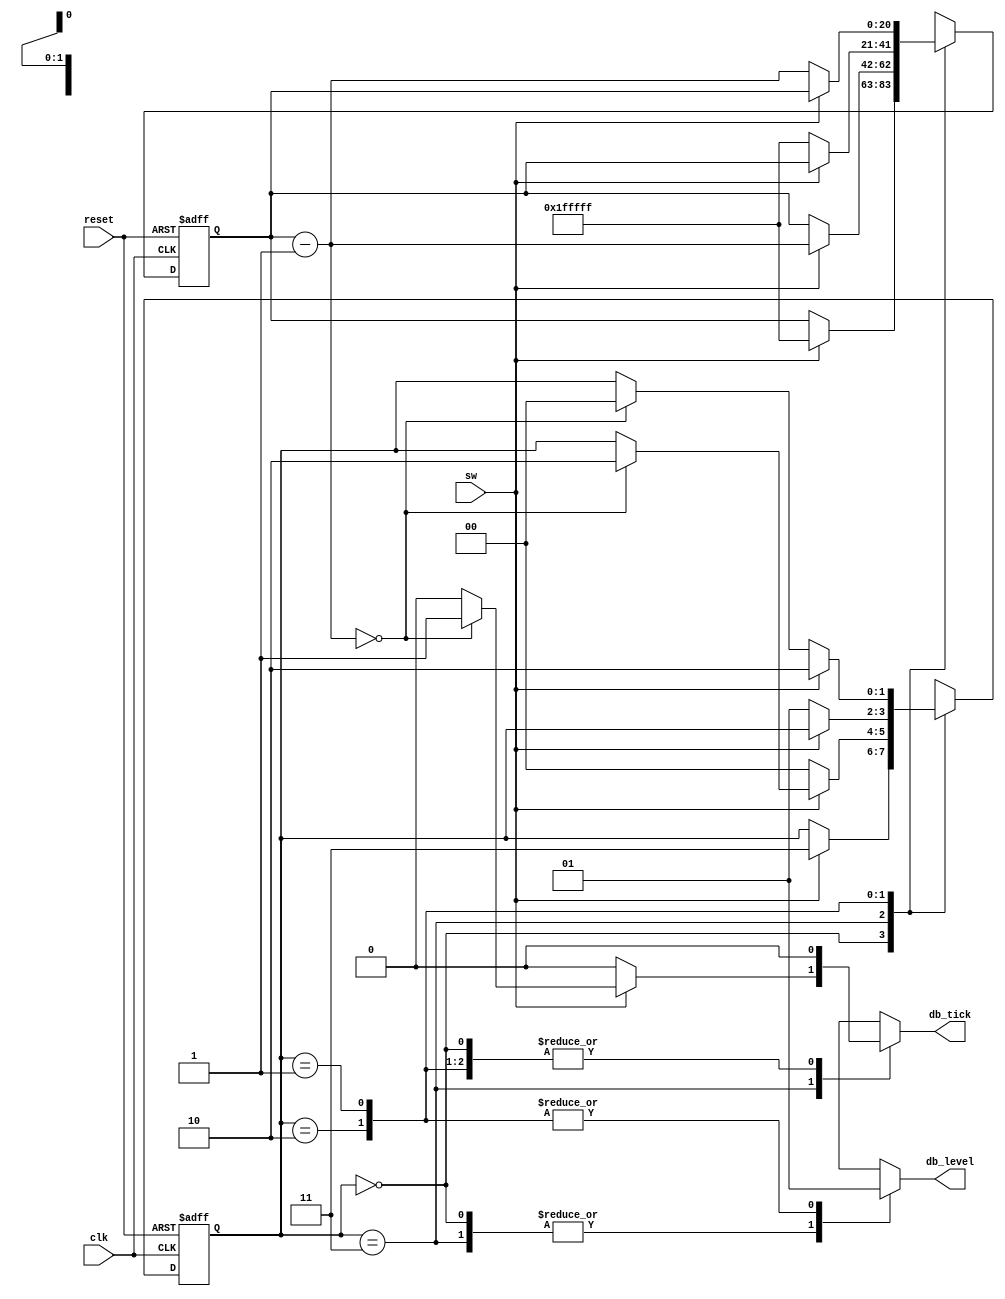
`timescale 1ns / 1ps
//////////////////////////////////////////////////////////////////////////////////
// Company: 
// Engineer: 
// 
// Design Name: 
// Module Name:    antirrebote 
// Project Name: 
// Target Devices: 
// Tool versions: 
// Description: 
//
// Dependencies: 
//
// Revision: 
// Revision 0.01 - File Created
// Additional Comments: 
//
//////////////////////////////////////////////////////////////////////////////////
// Listing 6.2
module debounce
   (
    input wire clk, reset,
    input wire sw,
    output reg db_level, db_tick
   );

   // symbolic state declaration
   localparam  [1:0]
               zero  = 2'b00,
               wait0 = 2'b01,
               one   = 2'b10,
               wait1 = 2'b11;

   // number of counter bits (2^N * 20ns = 40ms)
   localparam N=21;

   // signal declaration
   reg [N-1:0] q_reg, q_next;
   reg [1:0] state_reg, state_next;

   // body
   // fsmd state & data registers
    always @(posedge clk, posedge reset)
       if (reset)
          begin
             state_reg <= zero;
             q_reg <= 0;
          end
       else
          begin
             state_reg <= state_next;
             q_reg <= q_next;
          end

   // next-state logic & data path functional units/routing
   always @*
   begin
      state_next = state_reg;   // default state: the same
      q_next = q_reg;           // default q: unchnaged
      db_tick = 1'b0;           // default output: 0
      case (state_reg)
         zero:
            begin
               db_level = 1'b0;
               if (sw)
                  begin
                     state_next = wait1;
                     q_next = {N{1'b1}}; // load 1..1
                  end
            end
         wait1:
            begin
               db_level = 1'b0;
               if (sw)
                  begin
                     q_next = q_reg - 1;
                     if (q_next==0)
                        begin
                           state_next = one;
                           db_tick = 1'b1;
                        end
                  end
               else // sw==0
                  state_next = zero;
            end
         one:
            begin
               db_level = 1'b1;
               if (~sw)
                  begin
                     state_next = wait0;
                     q_next = {N{1'b1}}; // load 1..1
                  end
            end
         wait0:
            begin
               db_level = 1'b1;
               if (~sw)
                  begin
                     q_next = q_reg - 1;
                     if (q_next==0)
                        state_next = zero;
                  end
               else // sw==1
                  state_next = one;

            end
         default: state_next = zero;
      endcase
   end

endmodule